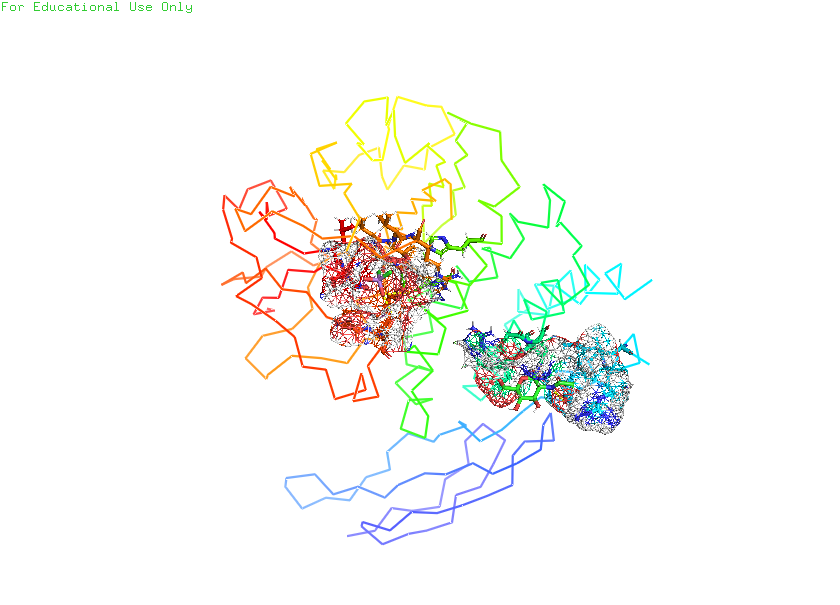
pymol, preset, ligand_sites_mesh